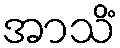
အာသိံ